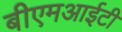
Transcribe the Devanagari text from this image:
बीएमआईटी